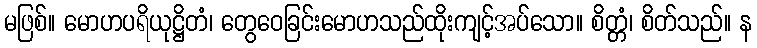
မဖြစ်။ မောဟပရိယုဋ္ဌိတံ၊ တွေဝေခြင်းမောဟသည်ထိုးကျင့်အပ်သော။ စိတ္တံ၊ စိတ်သည်။ န